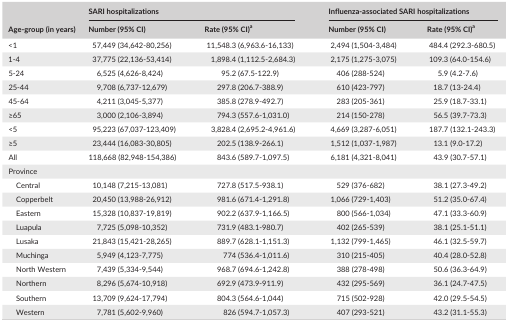
<table><thead><tr><td rowspan="2"><b>Age‐group (in years)</b></td><td colspan="2"><b>SARI hospitalizations</b></td><td colspan="2"><b>Influenza‐associated SARI hospitalizations</b></td></tr><tr><td><b>Number (95% CI)</b></td><td><b>Rate (95% CI)a</b></td><td><b>Number (95% CI)</b></td><td><b>Rate (95% CI)a</b></td></tr></thead><tbody><tr><td>&lt;1</td><td>57,449 (34,642‐80,256)</td><td>11,548.3 (6,963.6‐16,133)</td><td>2,494 (1,504‐3,484)</td><td>484.4 (292.3‐680.5)</td></tr><tr><td>1‐4</td><td>37,775 (22,136‐53,414)</td><td>1,898.4 (1,112.5‐2,684.3)</td><td>2,175 (1,275‐3,075)</td><td>109.3 (64.0‐154.6)</td></tr><tr><td>5‐24</td><td>6,525 (4,626‐8,424)</td><td>95.2 (67.5‐122.9)</td><td>406 (288‐524)</td><td>5.9 (4.2‐7.6)</td></tr><tr><td>25‐44</td><td>9,708 (6,737‐12,679)</td><td>297.8 (206.7‐388.9)</td><td>610 (423‐797)</td><td>18.7 (13‐24.4)</td></tr><tr><td>45‐64</td><td>4,211 (3,045‐5,377)</td><td>385.8 (278.9‐492.7)</td><td>283 (205‐361)</td><td>25.9 (18.7‐33.1)</td></tr><tr><td>≥65</td><td>3,000 (2,106‐3,894)</td><td>794.3 (557.6‐1,031.0)</td><td>214 (150‐278)</td><td>56.5 (39.7‐73.3)</td></tr><tr><td>&lt;5</td><td>95,223 (67,037‐123,409)</td><td>3,828.4 (2,695.2‐4,961.6)</td><td>4,669 (3,287‐6,051)</td><td>187.7 (132.1‐243.3)</td></tr><tr><td>≥5</td><td>23,444 (16,083‐30,805)</td><td>202.5 (138.9‐266.1)</td><td>1,512 (1,037‐1,987)</td><td>13.1 (9.0‐17.2)</td></tr><tr><td>All</td><td>118,668 (82,948‐154,386)</td><td>843.6 (589.7‐1,097.5)</td><td>6,181 (4,321‐8,041)</td><td>43.9 (30.7‐57.1)</td></tr><tr><td colspan="5">Province</td></tr><tr><td>Central</td><td>10,148 (7,215‐13,081)</td><td>727.8 (517.5‐938.1)</td><td>529 (376‐682)</td><td>38.1 (27.3‐49.2)</td></tr><tr><td>Copperbelt</td><td>20,450 (13,988‐26,912)</td><td>981.6 (671.4‐1,291.8)</td><td>1,066 (729‐1,403)</td><td>51.2 (35.0‐67.4)</td></tr><tr><td>Eastern</td><td>15,328 (10,837‐19,819)</td><td>902.2 (637.9‐1,166.5)</td><td>800 (566‐1,034)</td><td>47.1 (33.3‐60.9)</td></tr><tr><td>Luapula</td><td>7,725 (5,098‐10,352)</td><td>731.9 (483.1‐980.7)</td><td>402 (265‐539)</td><td>38.1 (25.1‐51.1)</td></tr><tr><td>Lusaka</td><td>21,843 (15,421‐28,265)</td><td>889.7 (628.1‐1,151.3)</td><td>1,132 (799‐1,465)</td><td>46.1 (32.5‐59.7)</td></tr><tr><td>Muchinga</td><td>5,949 (4,123‐7,775)</td><td>774 (536.4‐1,011.6)</td><td>310 (215‐405)</td><td>40.4 (28.0‐52.8)</td></tr><tr><td>North Western</td><td>7,439 (5,334‐9,544)</td><td>968.7 (694.6‐1,242.8)</td><td>388 (278‐498)</td><td>50.6 (36.3‐64.9)</td></tr><tr><td>Northern</td><td>8,296 (5,674‐10,918)</td><td>692.9 (473.9‐911.9)</td><td>432 (295‐569)</td><td>36.1 (24.7‐47.5)</td></tr><tr><td>Southern</td><td>13,709 (9,624‐17,794)</td><td>804.3 (564.6‐1,044)</td><td>715 (502‐928)</td><td>42.0 (29.5‐54.5)</td></tr><tr><td>Western</td><td>7,781 (5,602‐9,960)</td><td>826 (594.7‐1,057.3)</td><td>407 (293‐521)</td><td>43.2 (31.1‐55.3)</td></tr></tbody></table>